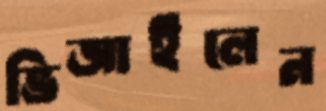
ভিজাইলেন